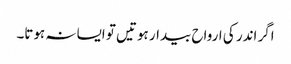
اگر اندر کی ارواح بیدار ہوتیں تو ایسا نہ ہوتا۔